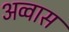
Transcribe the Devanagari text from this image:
अव्वास